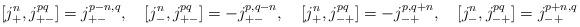
LaTeX: \begin{align*} [ j_{+}^n,j_{+-}^{pq}]=j_{+-}^{p-n,q}, \quad [ j_{-}^n,j_{+-}^{pq}]=-j_{+-}^{p,q-n}, \quad [ j_{+}^n,j_{-+}^{pq}]=-j_{-+}^{p,q+n}, \quad [ j_{-}^n,j_{-+}^{pq}]=j_{-+}^{p+n,q}\end{align*}